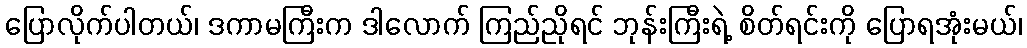
ပြောလိုက်ပါတယ်၊ ဒကာမကြီးက ဒါလောက် ကြည်ညိုရင် ဘုန်းကြီးရဲ့ စိတ်ရင်းကို ပြောရအုံးမယ်၊